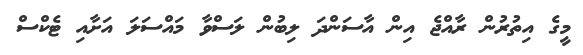
މީގެ އިތުރުން ރާއްޖެ އިން އާސަންދަ ލިބުން ލަސްވާ މައްސަލަ އަށާއި ޓެކްސް